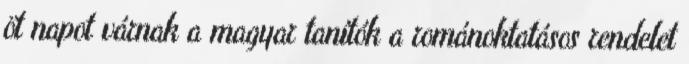
öt napot várnak a magyar tanítók a románoktatásos rendelet